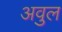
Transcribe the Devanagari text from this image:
अवुल